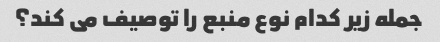
جمله زیر کدام نوع منبع را توصیف می کند؟